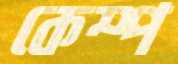
কেম্প